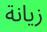
زيانة